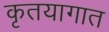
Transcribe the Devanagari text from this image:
कृतयागात